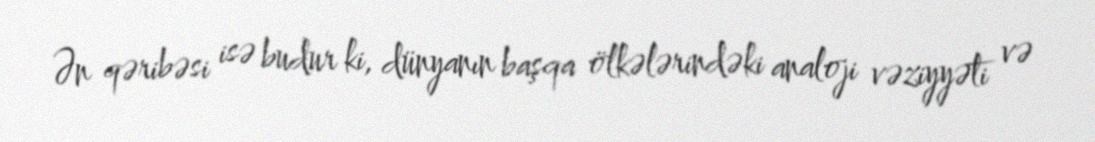
Ən qəribəsi isə budur ki, dünyanın başqa ölkələrindəki analoji vəziyyəti və